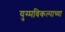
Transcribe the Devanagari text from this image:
युग्मविकल्पाच्या